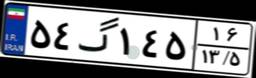
۵۴گ۱۴۵۱۶